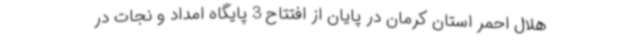
هلال احمر استان کرمان در پایان از افتتاح 3 پایگاه امداد و نجات در